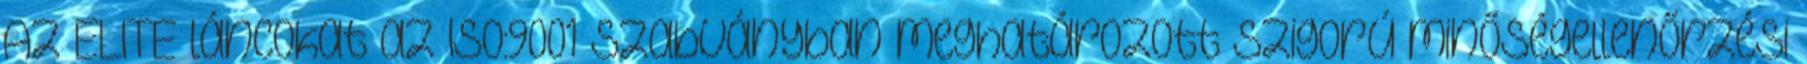
Az ELITE láncokat az ISO:9001 szabványban meghatározott szigorú minőségellenőrzési